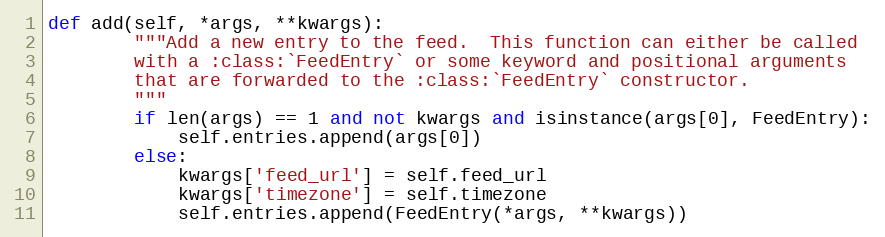
Language: Python
def add(self, *args, **kwargs):
        """Add a new entry to the feed.  This function can either be called
        with a :class:`FeedEntry` or some keyword and positional arguments
        that are forwarded to the :class:`FeedEntry` constructor.
        """
        if len(args) == 1 and not kwargs and isinstance(args[0], FeedEntry):
            self.entries.append(args[0])
        else:
            kwargs['feed_url'] = self.feed_url
            kwargs['timezone'] = self.timezone
            self.entries.append(FeedEntry(*args, **kwargs))